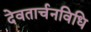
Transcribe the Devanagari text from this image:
देवतार्चनविधि